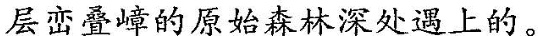
层峦叠峰的原始森林深处遇上的。